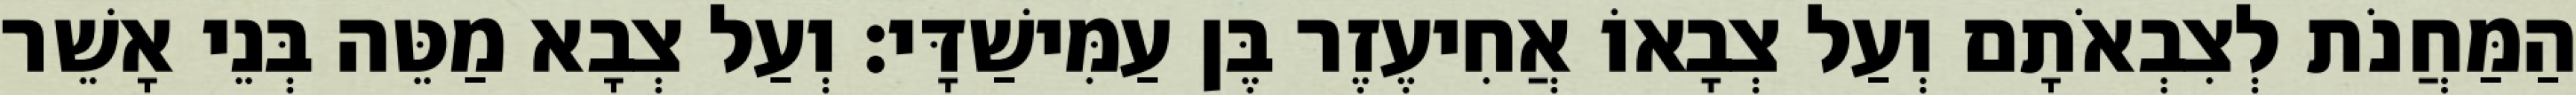
הַמַּחֲנֹת לְצִבְאֹתָם וְעַל צְבָאוֹ אֲחִיעֶזֶר בֶּן עַמִּישַׁדָּי׃ וְעַל צְבָא מַטֵּה בְּנֵי אָשֵׁר